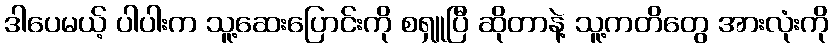
ဒါပေမယ့် ပါပါးက သူ့ဆေးပြောင်းကို စရှူပြီ ဆိုတာနဲ့ သူ့ကတိတွေ အားလုံးကို